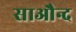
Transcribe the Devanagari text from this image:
साऔन्द